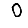
Digit: 0